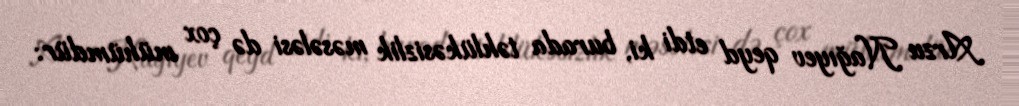
Arzu Nağıyev qeyd etdi ki, burada təhlükəsizlik məsələsi də çox mühümdür: